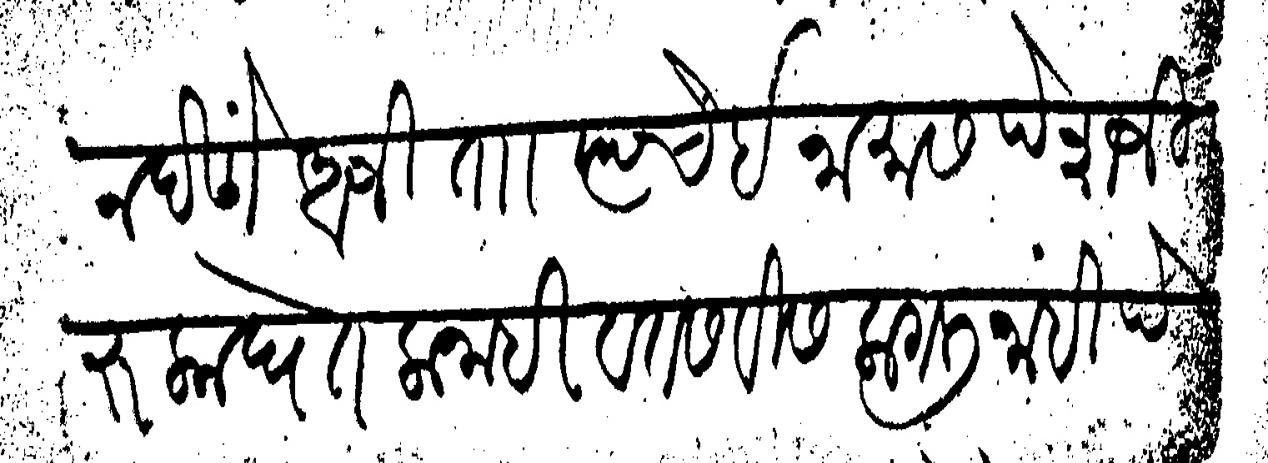
Transliteration (Devanagari): न देणें आजीताा त्याचे इनामास पेशजीं रुका घेतला नाही व तसवीस लागली नाही पेस्तरहि